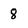
Character: 8